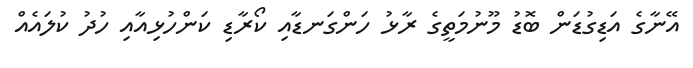
އޭނާގެ އަޑިގުޑަން ބޮޑު މޫނުމަތީގެ ރާޅު ހަންގަނޑާއި ކޯރާޑި ކަންހުޅިއާއި ހުދު ކުލައެއް